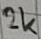
Text: 2k